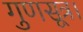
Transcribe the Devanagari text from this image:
गुणसूत्र।